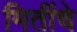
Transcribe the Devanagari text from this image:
मितींचे